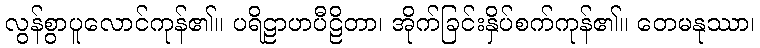
လွန်စွာပူလောင်ကုန်၏။ ပရိဠာဟပီဠိတာ၊ အိုက်ခြင်းနှိပ်စက်ကုန်၏။ တေမနုဿာ၊